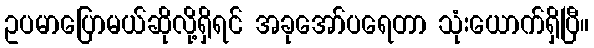
ဥပမာပြောမယ်ဆိုလို့ရှိရင် အခုအော်ပရေတာ သုံးယောက်ရှိပြီ။